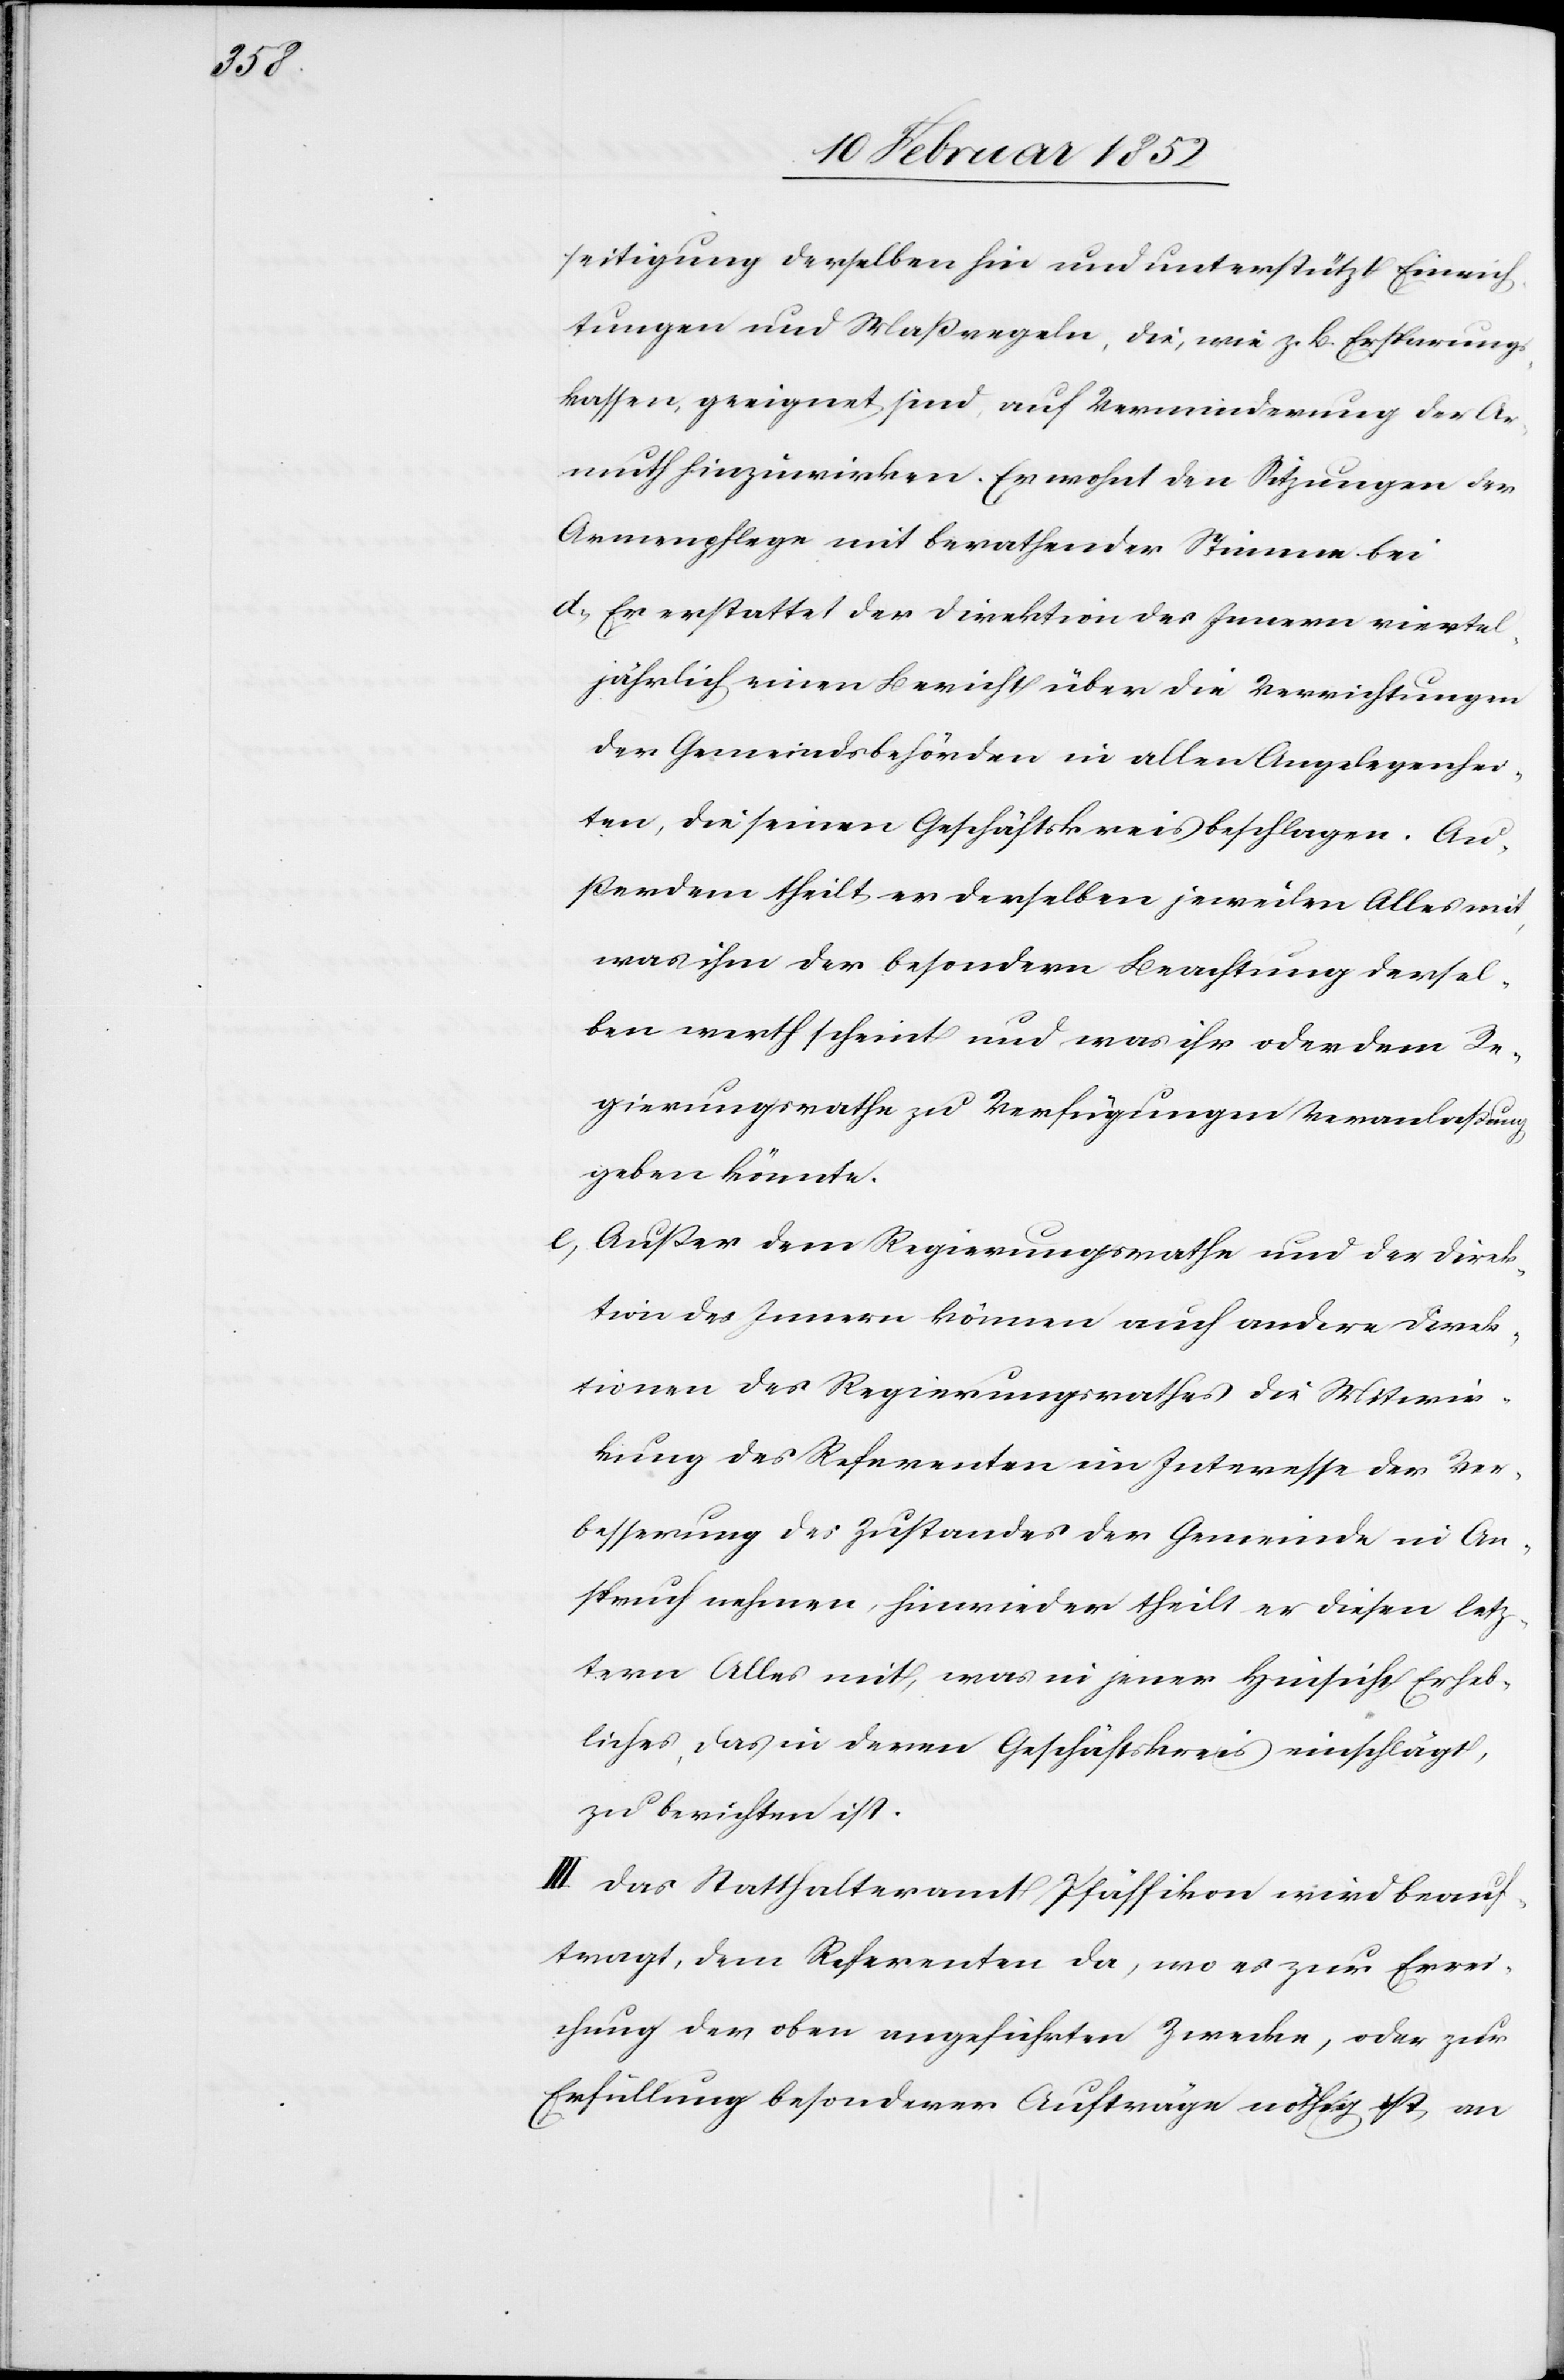
seitigung derselben hin und unterstützt Einrich¬
tungen und Maßregeln, die, wie z. B. Ersparung¬
skassen, geeignet sind, auf Verminderung der Ar¬
muth hinzuwirken. Er wohnt den Sitzungen der
Armenpflege mit berathender Stimme bei.
d.) Er erstattet der Direktion des Innern viertel¬
jährlich einen Bericht über die Verrichtungen
der Gemeindsbehörden in allen Angelegenhei¬
ten, die seinen Geschäftskreis beschlagen. Au¬
ßerdem theilt er derselben jeweilen Alles mit,
was ihm der besondern Beachtung dersel¬
ben Werth scheint und was ihr oder dem Re¬
gierungsrathe zu Verfügungen Veranlaßung
geben könnte.
e.) Außer dem Regierungsrathe und der Direk¬
tion des Innern können auch andere Direk¬
tionen des Regierungsrathes die Mitwir¬
kung des Referenten im Interesse der Ver¬
besserung des Zustandes der Gemeinde in An¬
spruch nehmen, hinwieder theilt er diesen letz¬
tern Alles mit, was in jener Hinsicht Erheb¬
liches, das in deren Geschäftskreis einschlägt,
zu berichten ist.
III. Das Statthalteramt Pfäffikon wird beauf¬
tragt, dem Referenten da, wo es zur Errei¬
chung des oben angeführten Zwecke, oder zur
Erfüllung besonderer Aufträge nöthig ist, an